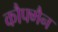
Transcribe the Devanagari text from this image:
कौफ्मैन